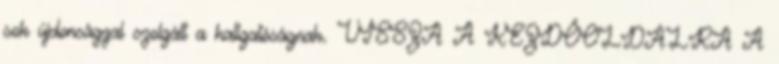
sok újdonsággal szolgált a hallgatóságnak. VISSZA A KEZDŐOLDALRA A